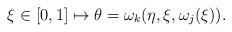
LaTeX: \begin{align*}\xi\in[0,1]\mapsto\theta=\omega_k(\eta,\xi,\omega_j(\xi)).\end{align*}